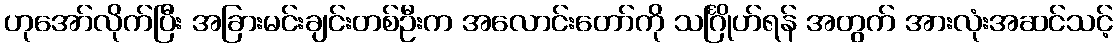
ဟုအော်လိုက်ပြီး အခြားမင်းချင်းတစ်ဦးက အလောင်းတော်ကို သင်္ဂြိုဟ်ရန် အတွက် အားလုံးအဆင်သင့်